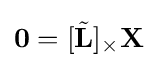
\mathbf {0} =[{\tilde {\mathbf {L} }}]_{\times }\mathbf {X}